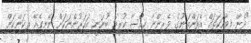
"ދެން މިވާހަކަތައް އެތަންތަނުގެ ވެރިންނާ ހިއްސާ ކުރީމަ ބުނަނީ އަހަރުންނަކަށް ނޭނގެއޭ ތިކަންކަން